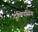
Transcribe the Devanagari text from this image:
दुलिपसिंग